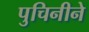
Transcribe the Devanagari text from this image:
पुचिनीने